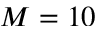
M = 1 0